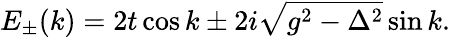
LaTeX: E_{\pm}(k)=2t\cos k\pm 2i\sqrt{g^{2}-\Delta^{2}}\sin k.